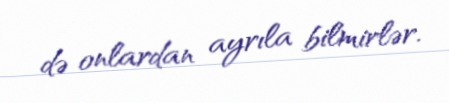
də onlardan ayrıla bilmirlər.